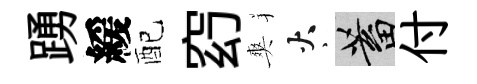
踴緩配𥥆爽火蓄付